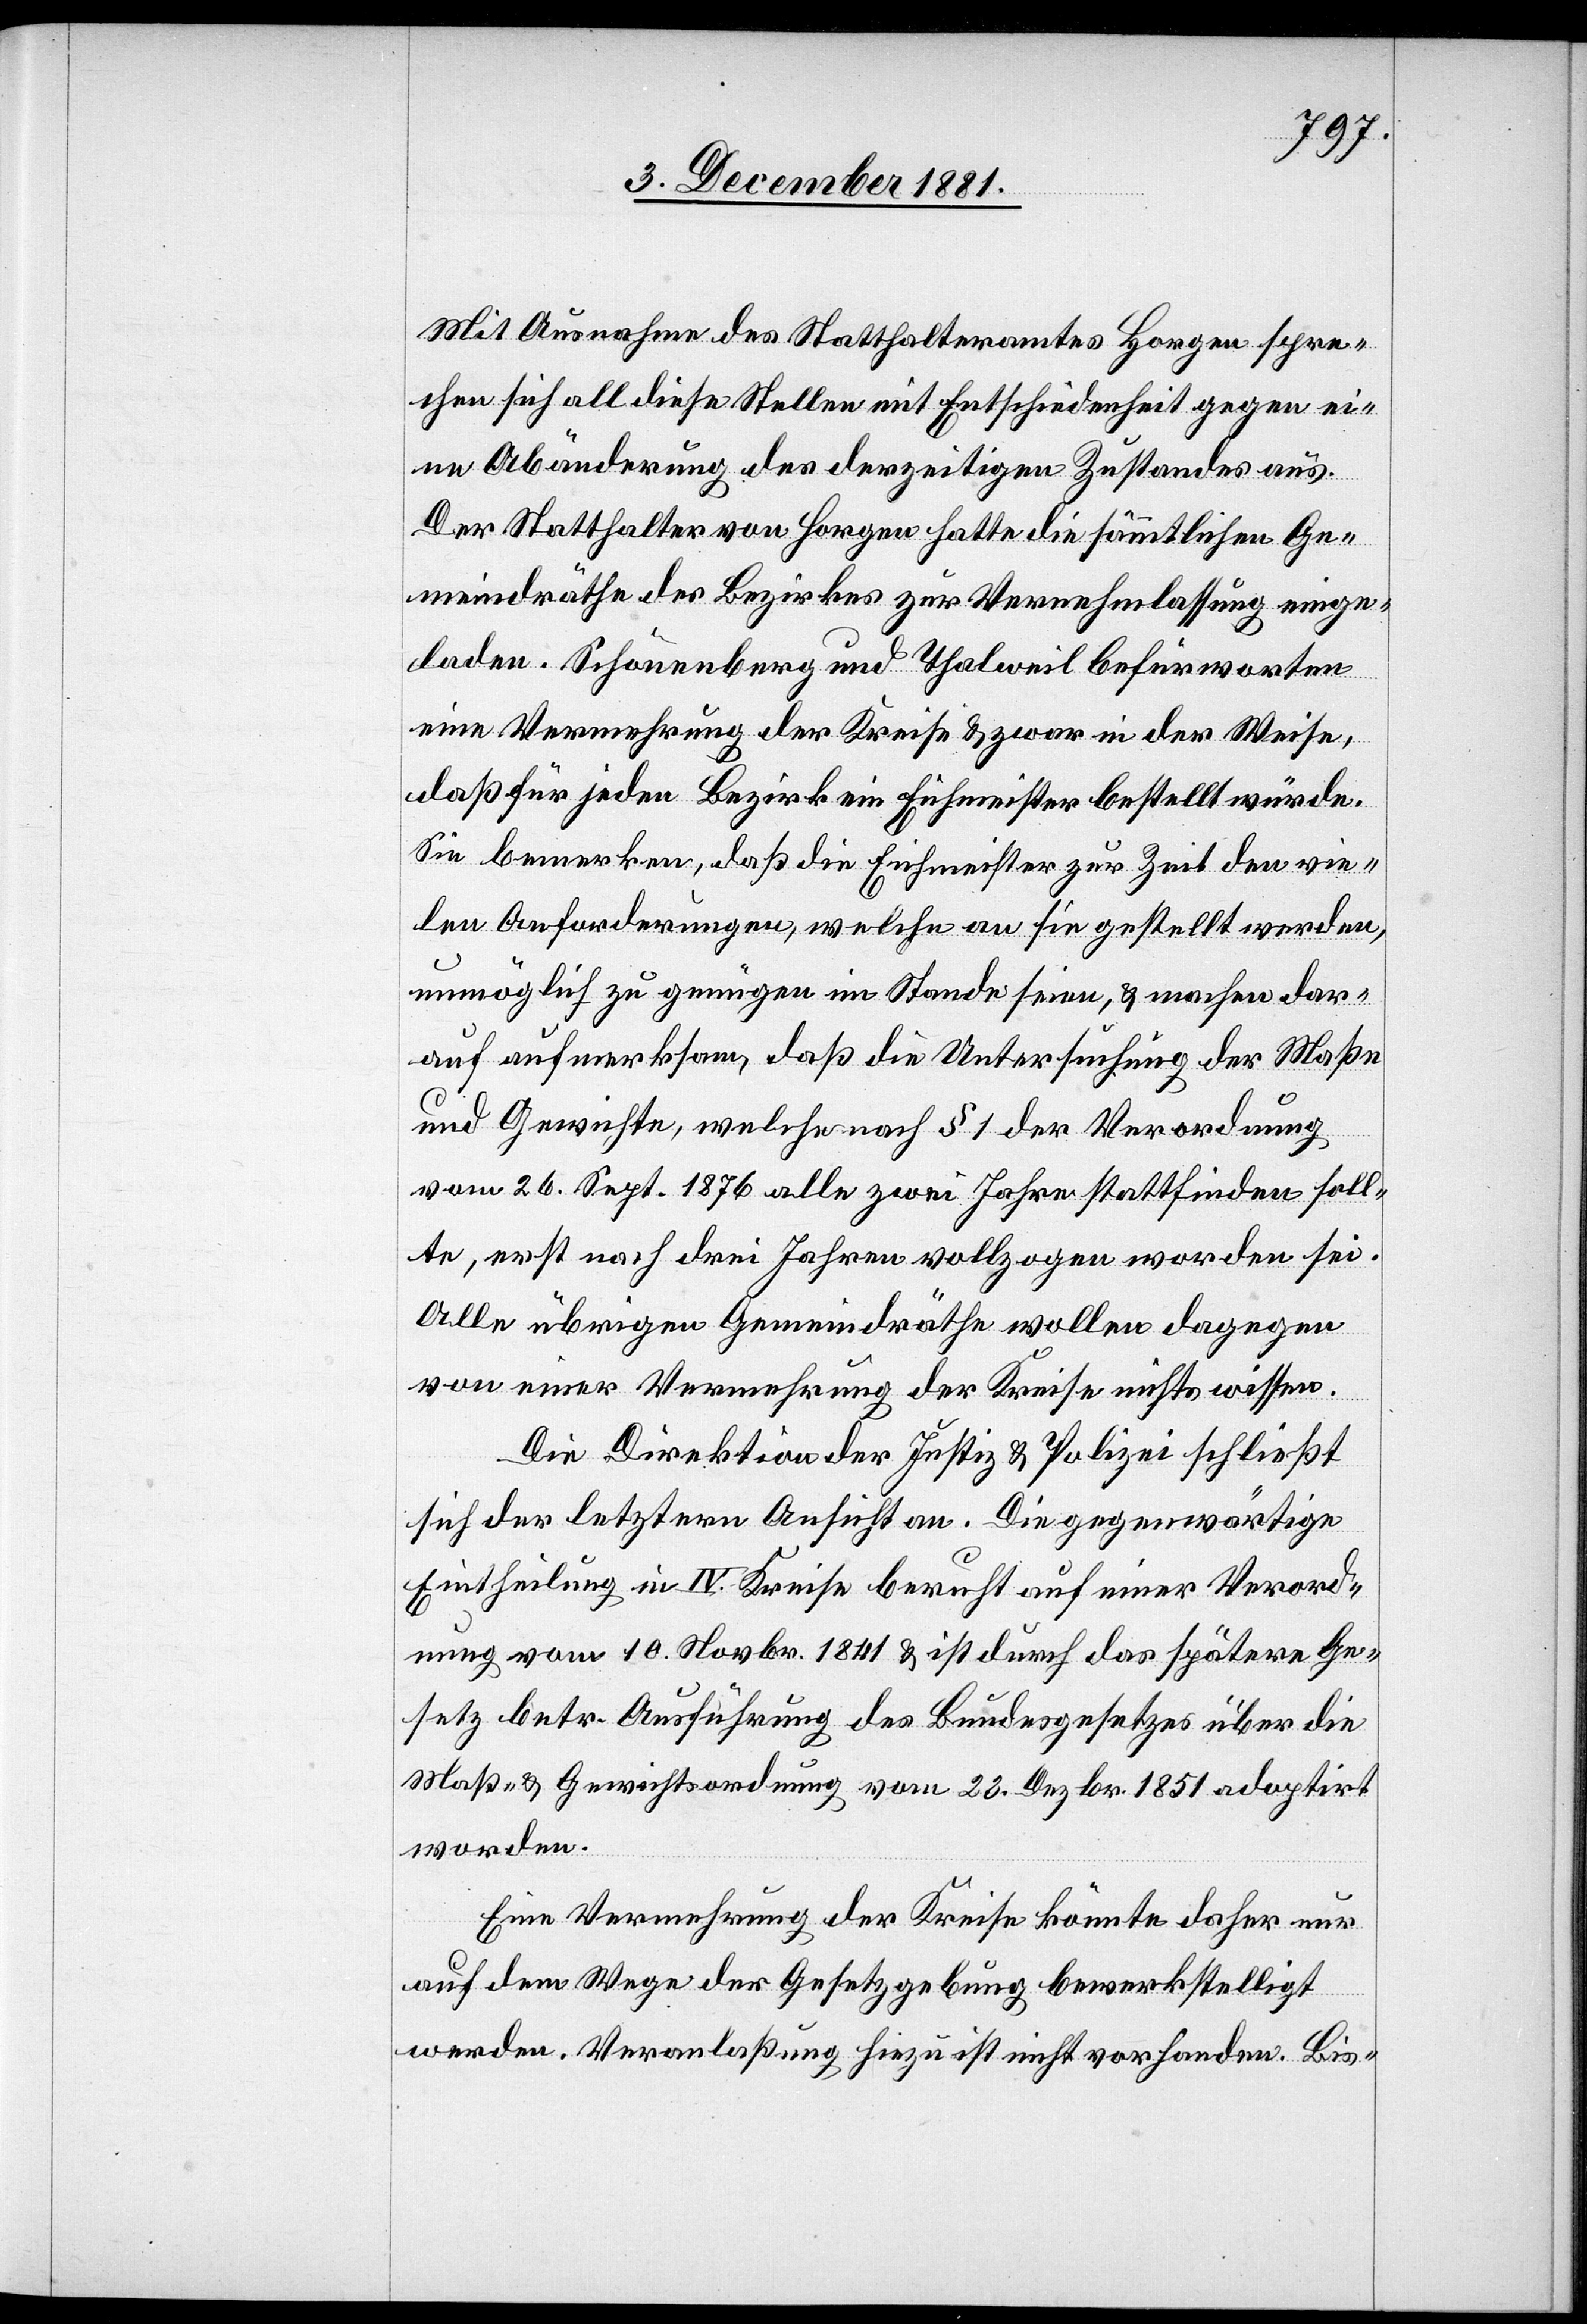
Mit Ausnahme des Statthalteramtes Horgen spra¬
chen sich all diese Stellen mit Entschiedenheit gegen ei¬
ne Abänderung des derzeitigen Zustandes aus.
Der Statthalter von Horgen hatte die sämmtlichen Ge¬
meindräthe des Bezirkes zur Vernehmlassung einge¬
laden. Schönenberg und Thalweil befürworten
eine Vermehrung der Kreise & zwar in der Weise,
daß für jeden Bezirk ein Eichmeister bestellt würde.
Sie bemerken, daß die Eichmeister zur Zeit den vie¬
len Anforderungen, welche an sie gestellt werden,
unmöglich zu genügen im Stande seien, & machen dar¬
auf aufmerksam, daß die Untersuchung der Maße
und Gewichte, welche nach § 1 der Verordnung
vom 26. Sept. 1876 alle zwei Jahre stattfinden soll¬
te, erst nach drei Jahren vollzogen worden sei.
Alle übrigen Gemeindräthe wollen dagegen
von einer Vermehrung der Kreise nichts wissen.
Die Direktion der Justiz & Polizei schließt
sich der letztern Ansicht an. Die gegenwärtige
Eintheilung in IV. Kreise beruht auf einer Verord¬
nung vom 10. Novbr. 1841 & ist durch das spätere Ge¬
setzt betr. Ausführung des Bundesgesetzes über die
Maß- & Gewichtsordnung vom 23. Dezbr. 1851 adoptirt
worden.
Eine Vermehrung der Kreise könnte daher nur
auf dem Wege der Gesetzgebung bewerkstelligt
werden. Veranlaßung hiezu ist nicht vorhanden. Bis-